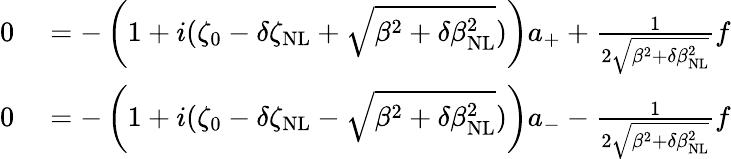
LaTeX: \begin{array}{rl}{0}&{{}=-\left(1+i(\zeta_{0}-\delta\zeta_{\mathrm{NL}}+\sqrt{\beta^{2}+\delta\beta_{\mathrm{NL}}^{2}})\right)a_{+}+\frac{1}{2\sqrt{\beta^{2}+\delta\beta_{\mathrm{NL}}^{2}}}f}\\ {0}&{{}=-\left(1+i(\zeta_{0}-\delta\zeta_{\mathrm{NL}}-\sqrt{\beta^{2}+\delta\beta_{\mathrm{NL}}^{2}})\right)a_{-}-\frac{1}{2\sqrt{\beta^{2}+\delta\beta_{\mathrm{NL}}^{2}}}f}\end{array}